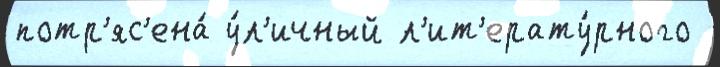
потр'яс'ена́ у́л'ичный л'ит'ерату́рного